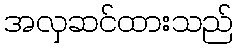
အလှဆင်ထားသည်